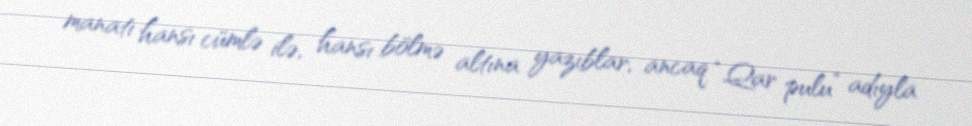
manatı hansı cümlə ilə, hansı bölmə altına yazıblar, ancaq “Qar pulu” adıyla